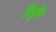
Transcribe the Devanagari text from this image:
निंदुमि